Vaccination in Bombay 1874-1876 - 1874-1876
Year: 1874
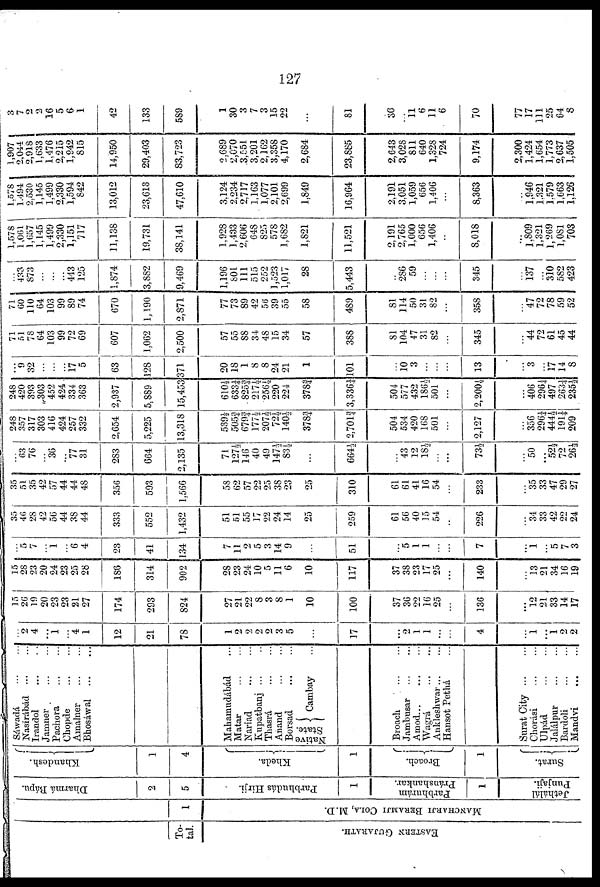
127
To-
tal.
EASTERN GUJARATH.
1
MANCHARJI BERAMJI COLA, M.D.
Dharmá Bápu.
2
5
Parbhudás Hirji.
1
Parbhurám
Pránshankar.
1
Jethálál
Punjaji.
Khandesh.
1
4
Kheda.
1
Broach.
1
Surat.
Sáwadá ... ...
Nasirábád ... ...
Irandol
...
...
Jamner ... ...
Pachora
...
...
Chopde
...
...
Amalner
...
...
Bhosáwal
...
...
Makamudábád ...
Matar ... ...
Nariad
...
...
Kupatbanj ... ...
Thasrá
...
...
Anand
...
...
Bor s ad ... ...
Native
State.
Cambay ...
Broach ... ...
Jambusar ... ...
Amod... ... ...
Wagrá
...
...
Ankleshwar... ...
Hansot Pethá
Surat City...
...
Chorási
...
...
Ulpád
...
...
Jalálpur
...
...
Bardoli
...
...
Mandvi
...
...
...
2
4
...
1
...
4
1
12
21
78
1
2
2
2
2
3
5
...
17
...
2
1
1
...
...
4
...
1
...
1
2
2
15
26
19
20
23
23
21
27
174
293
824
27
21
22
8
3
8
1
10
100
37
36
22
16
25
...
136
...
12
21
33
14
17
15
28
23
20
24
23
25
28
186
314
902
28
23
24
10
5
11
6
10
117
37
38
23
17
25
...
140
...
13
21
34
16
19
...
5
7
...
1
...
6
4
23
41
134
7
11
2
5
3
14
9
...
51
...
5
1
1
...
...
7
...
1
...
5
7
3
35
46
28
42
56
44
38
44
333
552
1,432
51
51
55
17
22
24
14
25
259
61
56
40
15
54
...
226
...
34
33
42
22
24
35
51
35
42
57
44
44
48
356
593
1,566
58
62
57
22
25
38
23
25
310
61
61
41
16
54
...
233
...
35
33
47
29
27
...
63
76
...
36
...
77
31
283
664
2,135
71
127½
146
40
49
147½
83½
...
6644
...
43
12
18½
...
...
73½
...
50
...
52½
72
26½
248
357
317
303
416
424
257
332
2,654
5,225
13,318
539½
505¾
679¾
177½
207½
72½
140½
378¾
2,701¾
504
534
420
168
501
...
2,127
...
356
296¼
444½
191¼
209
248
420
393
303
452
424
334
363
2,937
5,889
15,453
610½
633¼
825¾
217½
256½
220
224
378¾
3,336¼
504
577
432
186½
501
...
2,200½
...
406
296¼
497
263¼
235½
...
9
32
...
...
...
17
5
63
128
371
20
18
1
8
8
24
21
1
101
...
10
3
...
...
...
13
...
3
...
17
14
8
71
51
78
64
103
99
72
69
607
1,062
2,500
57
55
88
34
48
15
34
57
388
81
104
47
31
82
...
345
...
44
72
61
45
44
71
60
110
64
103
99
89
74
670
1,190
2,871
77
73
89
42
56
39
55
58
489
81
114
50
31
82
...
358
...
47
72
78
59
52
...
433
873
...
...
...
443
125
1,874
3,882
9,469
1,196
801
111
515
252
1,523
1,017
28
5,443
...
286
59
...
...
...
345
...
137
...
310
582
423
1,578
1,061
1,657
1,145
1,499
2,330
1,151
717
11,138
19,731
38,141
1,928
1,433
2,606
648
825
578
1,682
1,821
11,521
2,191
2,765
1,000
656
1,406
...
8,018
...
1,809
1,321
1,269
1,081
703
1,578
1,494
2,530
1,145
1,499
2,330
1,594
842
13,012
23,613
47,610
3,124
2,234
2,717
1,163
1,077
2,101
2,699
1,849
16,964
2,191
3,051
1,059
656
1,406
...
8,363
...
1,946
1,321
1,579
1,663
1,126
1,907
2,044
2,918
1,633
1,476
2,215
1,942
815
14,950
29,403
83,723
2,689
2,070
3,551
3,201
2,162
3,358
4,170
2,684
23,885
2,643
3,028
811
640
1,328
724
9,174
2,300
1,424
1,654
1,773
2,637
1,505
3
7
2
2
16
5
6
1
42
133
589
1
30
3
7
3
15
22
...
81
36
...
11
6
11
6
70
77
17
111
25
64
8